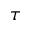
\tau